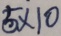
5 \times 1 0